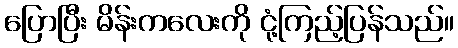
ပြောပြီး မိန်းကလေးကို ငုံ့ကြည့်ပြန်သည်။